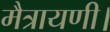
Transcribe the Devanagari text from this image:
मैत्रायणी।